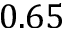
0 . 6 5